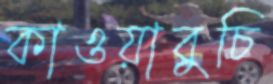
কাওয়াবুচি